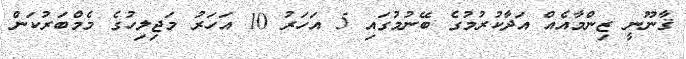
ޤާނޫނީ ޒިންމާއެއް އަދާކުރުމުގެ ބޭނުމުގައި 5 އަހަރު 10 އަހަރު މަޖިލިހުގެ މެމްބަރުކަން